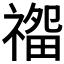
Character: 𰨏